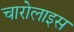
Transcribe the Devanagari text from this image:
चारोलाइस